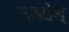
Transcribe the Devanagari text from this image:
उड्द्देश्